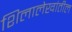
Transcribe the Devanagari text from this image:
शिलालेखांतील